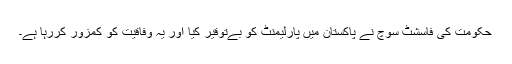
حکومت کی فاسشٹ سوچ نے پاکستان میں پارلیمنٹ کو بےتوقیر کیا اور یہ وفاقیت کو کمزور کررہا ہے۔